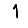
Digit: 1